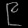
Digit: ၉